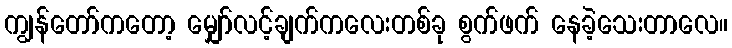
ကျွန်တော်ကတော့ မျှော်လင့်ချက်ကလေးတစ်ခု စွက်ဖက် နေခဲ့သေးတာလေ။